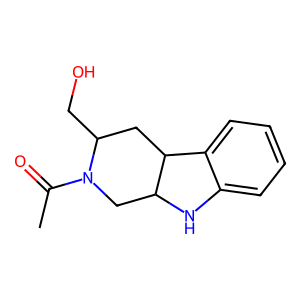
SMILES: CC(=O)N1CC2Nc3ccccc3C2CC1CO
Inhibits HIV replication: No